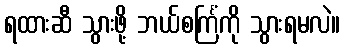
ရထားဆီ သွားဖို့ ဘယ်စင်္ကြံကို သွားရမလဲ။